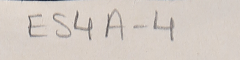
ES4A-4